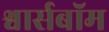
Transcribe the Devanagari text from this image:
श्वार्सबॉम